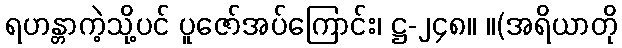
ရဟန္တာကဲ့သို့ပင် ပူဇော်အပ်ကြောင်း၊ ဋ္ဌ-၂၄၈။ ။(အရိယာတို